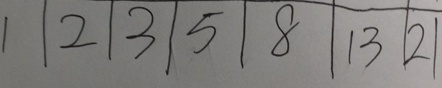
1 \vert 2 \vert 3 \vert 5 \vert 8 \vert 1 3 \vert 2 1